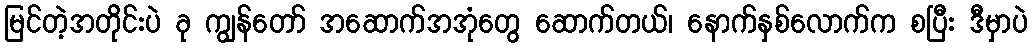
မြင်တဲ့အတိုင်းပဲ ခု ကျွန်တော် အဆောက်အအုံတွေ ဆောက်တယ်၊ နောက်နှစ်လောက်က စပြီး ဒီမှာပဲ